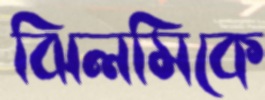
ঝিলমিকে